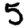
Digit: 5